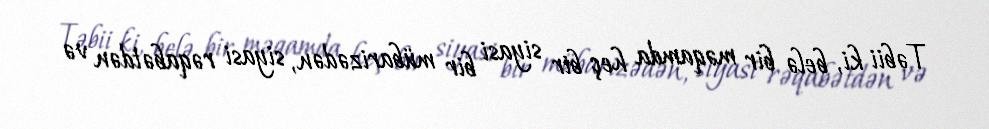
Təbii ki, belə bir məqamda heç bir siyasi bir mübarizədən, siyasi rəqabətdən və